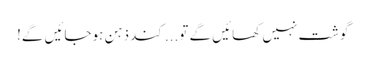
گوشت نہیں کھائیں گے تو... کند ذہن ہوجائیں گے!